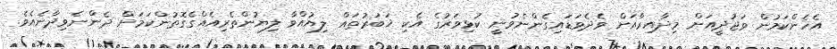
އެހެންކަމުން ވަޖުދީއަށް މިދާއިރާއަށް ވެދެވަޑައިގެންނެވުނީ ކުޅިވަރުގެ އެކި ޚަބަރުތައް ލިޔުއްވާ ލިޔުންތެރިއެއްގެގޮތުންކަމަށް ދެންނެވިދާނެއެވެ.